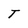
Character: T